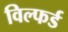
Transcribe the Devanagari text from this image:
विल्फर्ड